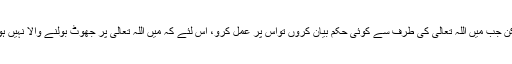
لیکن جب میں اللہ تعالیٰ کی طرف سے کوئی حکم بیان کروں تواس پر عمل کرو، اس لئے کہ میں اللہ تعالیٰ پر جھوٹ بولنے والا نہیں ہوں۔